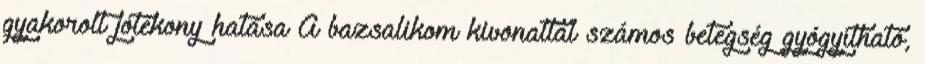
gyakorolt jótékony hatása A bazsalikom kivonattal számos betegség gyógyítható,